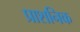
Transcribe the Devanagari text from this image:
प्राशनिक